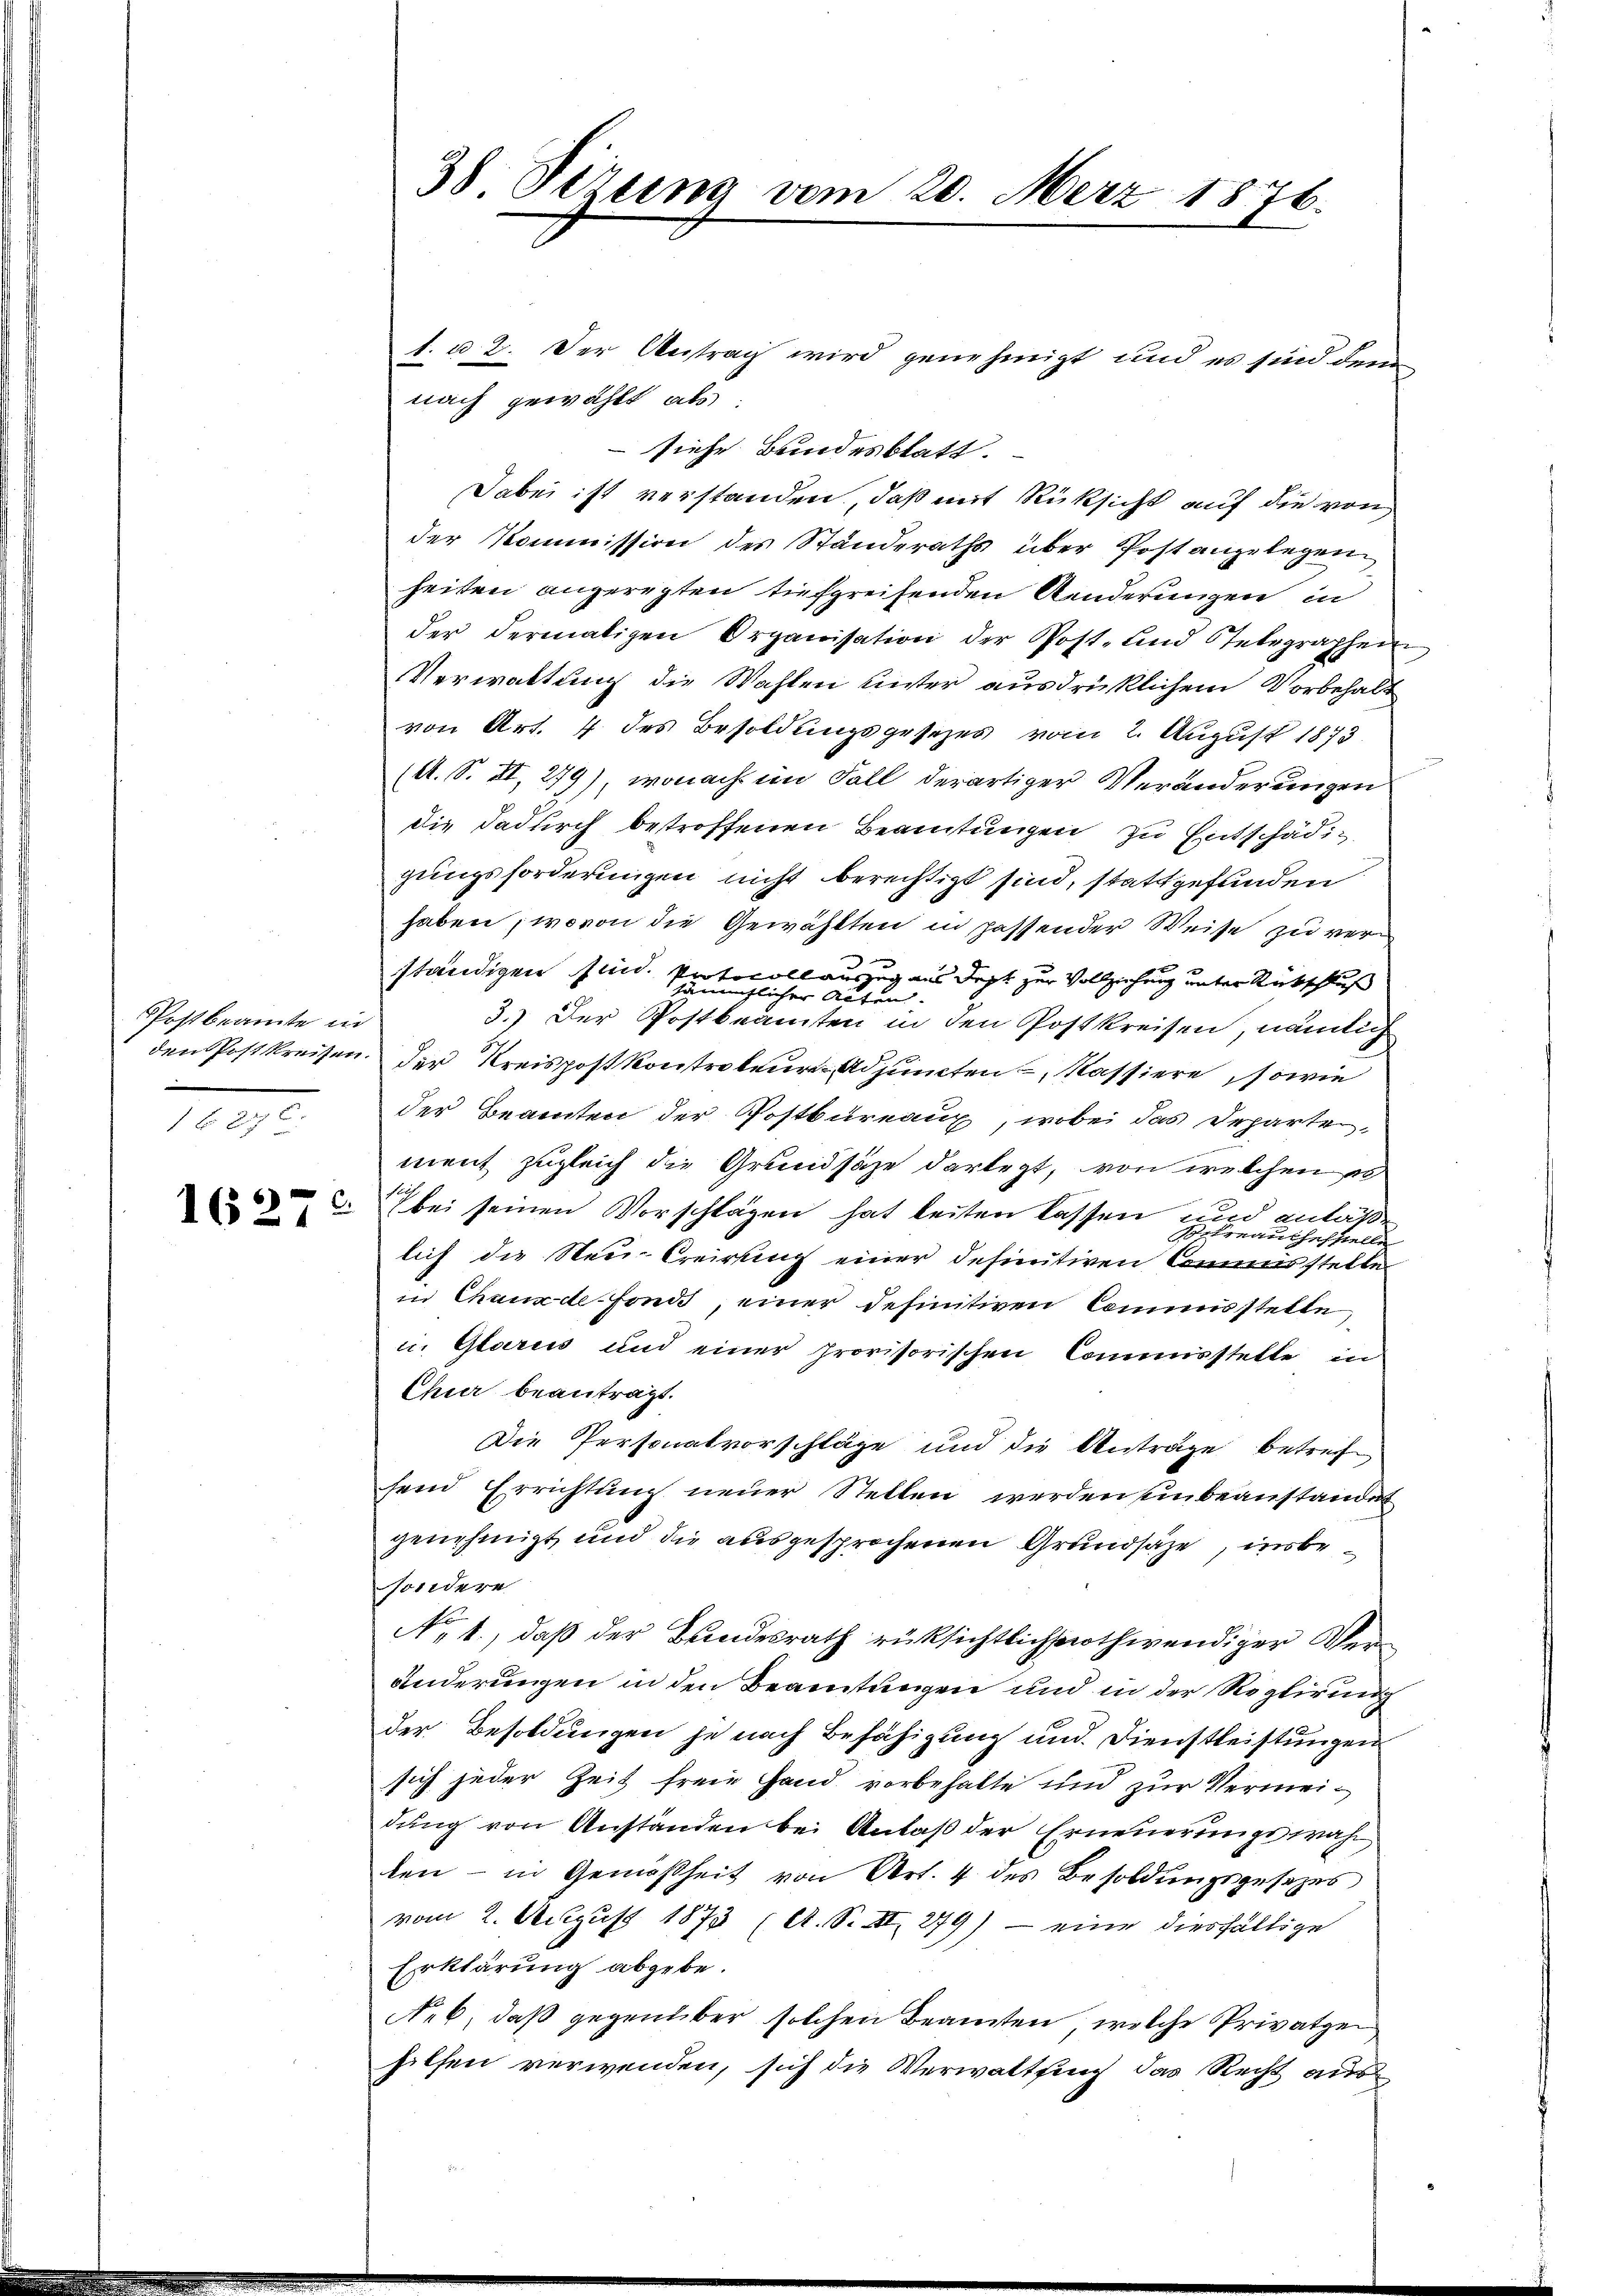
Postbeamte in
den Postkreisen
.
.
1 f 27 x

1627

1. u 2. Der Antrag wird genehmigt und es sind den
nach gewählt als
siehe Bundesblatt.
Jabei ist verstanden, daß mit Rücksicht auf die von
der Kommission des Standeraths über Post angelegen
heiten angeregten tiefgreifenden Aenderungen, in
der dermaligen Organisation der Post- und Stelegraphenn
Verwaltung die Wahlen unter ausdrücklichem Vorbehalt
von Art. 4 des Besoldungsgesezes vom 2. August 1873
(A. S. XI, 279), wonach im Fall derartiger Veränderungen
die dadurch betroffenen Beamtungen zu Entschädigungsforderungen nicht berechtigt sind, stattgefunden
haben, wovon die Gewählten in passender Weise zu ver¬
.
ständigen sind. Protocollauszug aus Jezt zur Vollziehung unter Rückschluß
er Acten
3.) Der Postbeamten in den Postkreisen, nämlich
der Kreispostkontrateurer Adjuncten Kassiere, sowie
der Beamten der Postbureaux, wobei das Departe,
ment zugleich die Grundsätze darlegt, von welchen er
 bei seinen Vorschlägen hat leiten lassen und anläßen
Sitrrauchefstelle
lich die Neu-Creirung einer definitiven Commisstelle
in Chaux-de-Fonds, einer definitiven Commisstelle,
c. Glarus und einer provisorischen Commisstelle in
Chur beantragt.
Die Personalvorschläge und die Anträge betreff-
send Errichtung neuer Stellen werden unbeanstandet
genehmigt und die ausgesprochenen Grundsätze, unbe
sondere
No 1., daß der Bundesrath rüksichtlich nothwendiger Veränderungen in den Beamtungen und in der Reglirung
der Besoldungen je nach Befähigung und Dienstleistungen
sich jeder Zeit freie Hand vorbehalte und zur Vermeidung von Anständen bei Anlaß der Erneuerungswah
ken – in Gemäßheit von Art. 4 des Besoldungsgesezes
vom 2. August 1873 (A. S. II 279) - eine diesfällige
Erklärung abgebe.
Neb, daß gegenüber solchen Beamten, welche Privatge
hilfen verwenden, sich die Verwaltsung das Recht aus¬

38. Stzung vom 20. März 1876.